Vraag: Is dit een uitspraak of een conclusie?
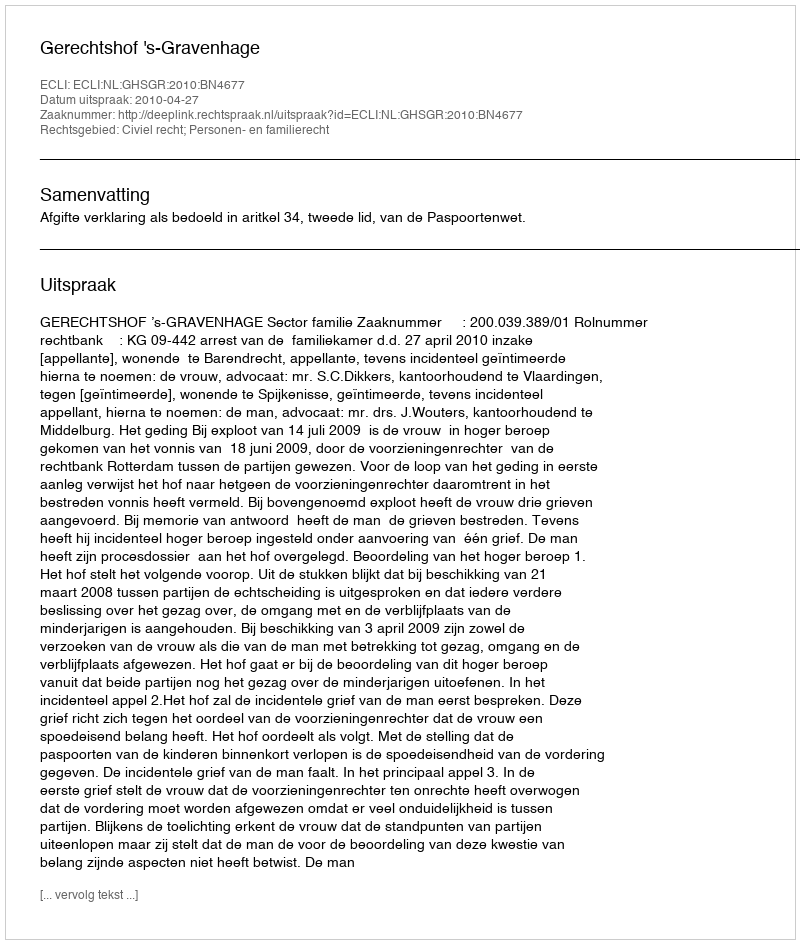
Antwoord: Uitspraak